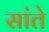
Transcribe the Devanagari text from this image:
सांते